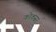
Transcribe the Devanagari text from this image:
कोकसर